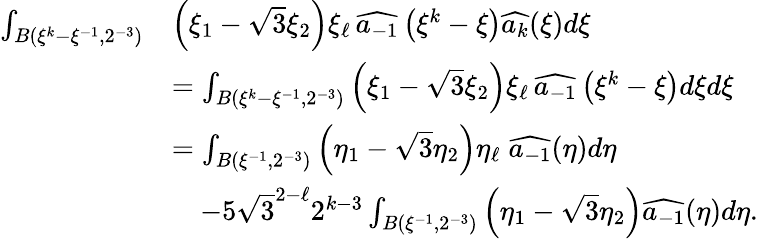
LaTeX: \begin{array}{rl}{\int_{B(\xi^{k}-\xi^{-1},2^{-3})}}&{\left(\xi_{1}-\sqrt{3}\xi_{2}\right)\xi_{\ell}\, \widehat{a_{-1}}\left(\xi^{k}-\xi\right)\widehat{a_{k}}(\xi)d\xi}\\ &{=\int_{B(\xi^{k}-\xi^{-1},2^{-3})}\left(\xi_{1}-\sqrt{3}\xi_{2}\right)\xi_{\ell}\, \widehat{a_{-1}}\left(\xi^{k}-\xi\right)d\xi d\xi}\\ &{=\int_{B(\xi^{-1},2^{-3})}\left(\eta_{1}-\sqrt{3}\eta_{2}\right)\eta_{\ell}\; \widehat{a_{-1}}(\eta)d\eta}\\ &{\quad-5\sqrt{3}^{2-\ell}2^{k-3}\int_{B(\xi^{-1},2^{-3})}\left(\eta_{1}-\sqrt{3}\eta_{2}\right)\widehat{a_{-1}}(\eta)d\eta.}\end{array}